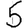
Digit: 5